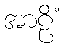
အာဠိံ